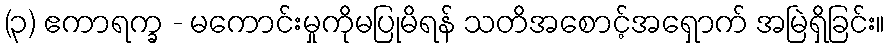
(၃) ဧကာရက္ခ - မကောင်းမှုကိုမပြုမိရန် သတိအစောင့်အရှောက် အမြဲရှိခြင်း။